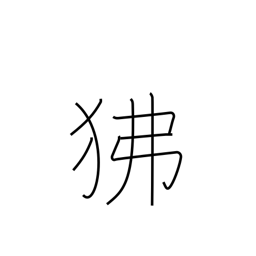
Meaning: baboon